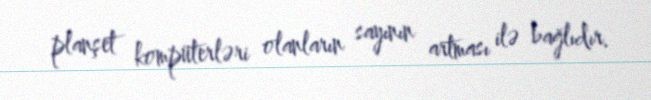
planşet kompüterləri olanların sayının artması ilə bağlıdır.